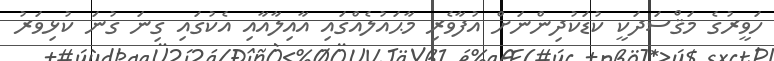
ހަވީރުގެ މަޤްސަދަކީ ކުޑަކުދިންނަށް އުފާވެރި މާޙައުލެއްގައި އާއިލާއާއި އެކުގައި ގިނަ ގުނަ ކުޅިވަރު